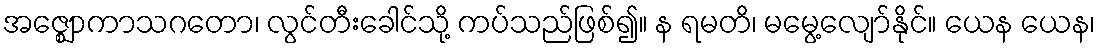
အဇ္ဈောကာသဂတော၊ လွင်တီးခေါင်သို့ ကပ်သည်ဖြစ်၍။ န ရမတိ၊ မမွေ့လျော်နိုင်။ ယေန ယေန၊